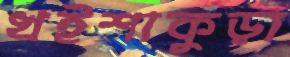
খইশাকুড়া